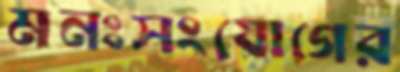
মনঃসংযোগের